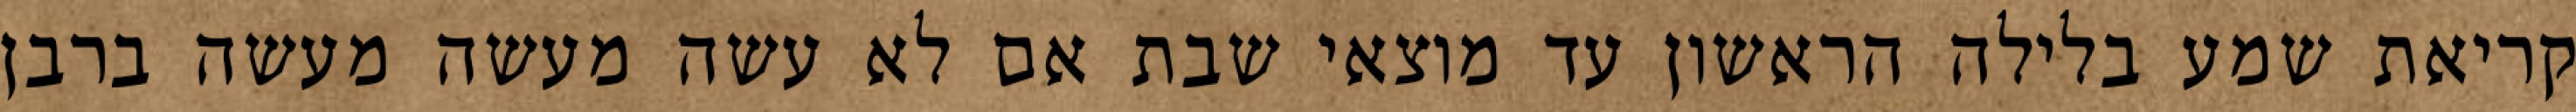
קריאת שמע בלילה הראשון עד מוצאי שבת אם לא עשה מעשה מעשה ברבן